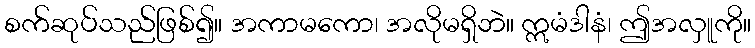
စက်ဆုပ်သည်ဖြစ်၍။ အကာမကော၊ အလိုမရှိဘဲ။ ဣမံဒါနံ၊ ဤအလှူကို။